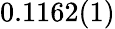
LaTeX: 0.1162(1)